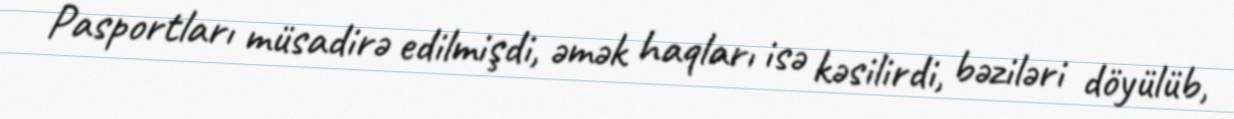
Pasportları müsadirə edilmişdi, əmək haqları isə kəsilirdi, bəziləri döyülüb,